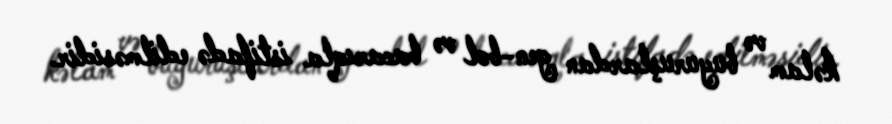
kəlam və buyuruşlardan gen-bol və bacarıqla istifadə edilməsidir.